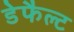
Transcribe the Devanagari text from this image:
डेफैल्ट